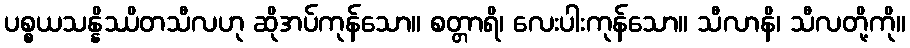
ပစ္စယသန္နိဿိတသီလဟု ဆိုအပ်ကုန်သော။ စတ္တာရိ၊ လေးပါးကုန်သော။ သီလာနိ၊ သီလတို့ကို။